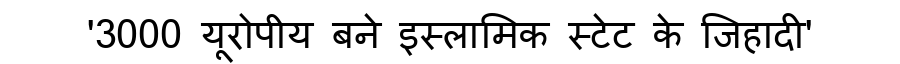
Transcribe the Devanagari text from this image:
'3000 यूरोपीय बने इस्लामिक स्टेट के जिहादी'